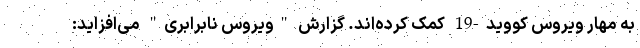
به مهار ویروس کووید-19 کمک کرده‌اند. گزارش "ویروس نابرابری" می‌افزاید: